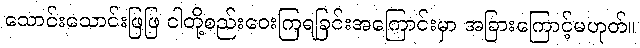
သောင်းသောင်းဖြဖြ ငါတို့စည်းဝေးကြရခြင်းအကြောင်းမှာ အခြားကြောင့်မဟုတ်။